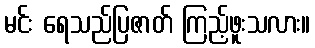
မင်း ရေသည်ပြဇာတ် ကြည့်ဖူးသလား။